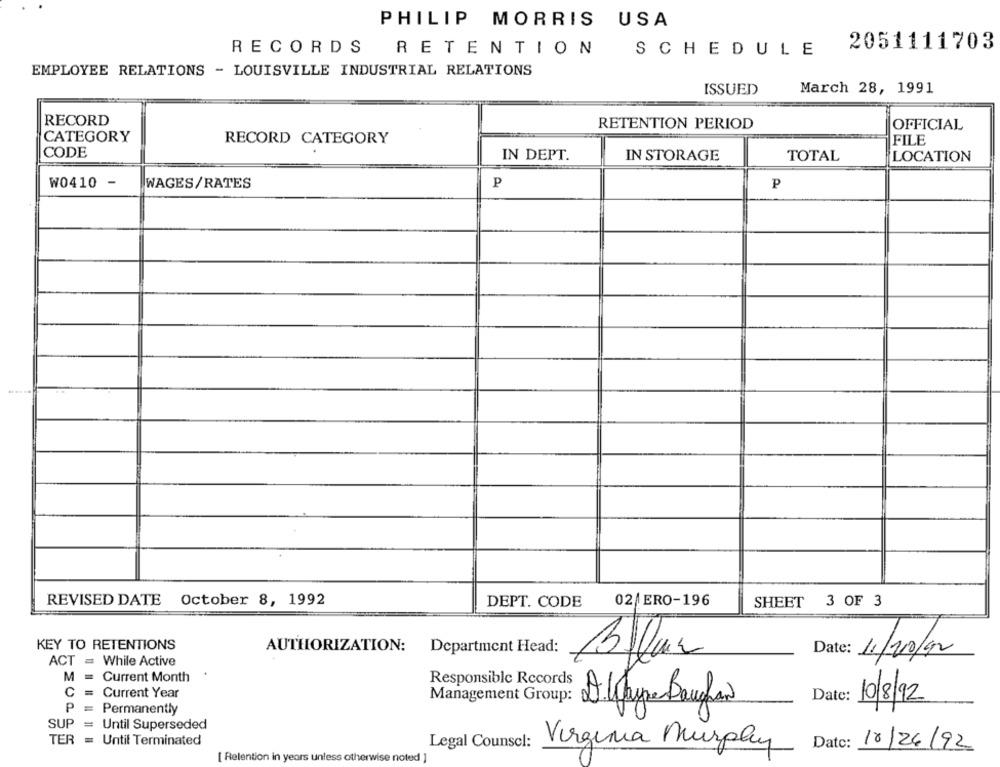
PHILIP MORRIS USA
2051111703
RECORDS
RETENTION
SCHEDULE
EMPLOYEE RELATIONS - LOUISVILLE INDUSTRIAL RELATIONS
ISSUED
March 28, 1991
RECORD
RETENTION PERIOD
OFFICIAL
CATEGORY
RECORD CATEGORY
FILE
CODE
IN DEPT.
IN STORAGE
TOTAL
LOCATION
W0410 -
WAGES/RATES
P
p
REVISED DATE
October 8, 1992
DEPT. CODE
02 / ERO-196
SHEET 3 OF 3
KEY TO RETENTIONS
AUTHORIZATION: Department Head:
Date:
11/20/92
ACT = While Active
M
Current Month
Responsible Records
C
= Current Year
Management Group:
Date:
10/8/92
Dwayne Boufon
P
=
Permanently
SUP
= Until Superseded
TER =
Until Terminated
Legal Counsel:
Datc:
Virginia Murphy
10/26/92
[ Relention in years unless otherwise noted ]